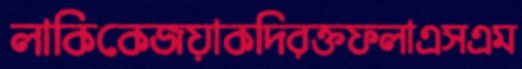
লাকিকেজয়াকদিরক্তফলাএসএম